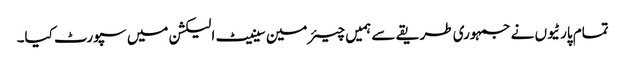
تمام پارٹیوں نے جمہوری طریقے سے ہمیں چیئرمین سینیٹ الیکشن میں سپورٹ کیا۔